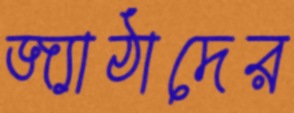
জ্যাঠাদের